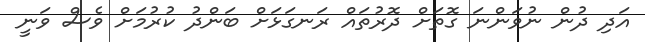
އަދި ދުން ނުވަންނަ ގޮތަށް ދޮރުތައް ރަނގަޅަށް ބަންދު ކުރުމަށް ވެސް ވަނީ